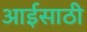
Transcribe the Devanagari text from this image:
आईसाठी